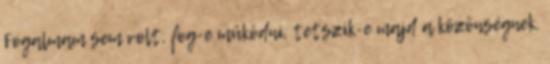
Fogalmam sem volt, fog-e működni, tetszik-e majd a közönségnek.